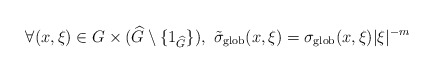
\begin{align*} \forall (x,\xi)\in G\times (\widehat{G}\setminus\{1_{\widehat{G}}\} ),\,\, \tilde \sigma_{\textnormal{glob}}(x,\xi)=\sigma_{\textnormal{glob}}(x,\xi)|\xi|^{-m}\end{align*}